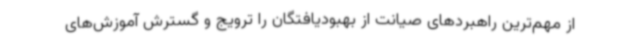
از مهم‌ترین راهبردهای صیانت از بهبودیافتگان را ترویج و گسترش آموزش‌های